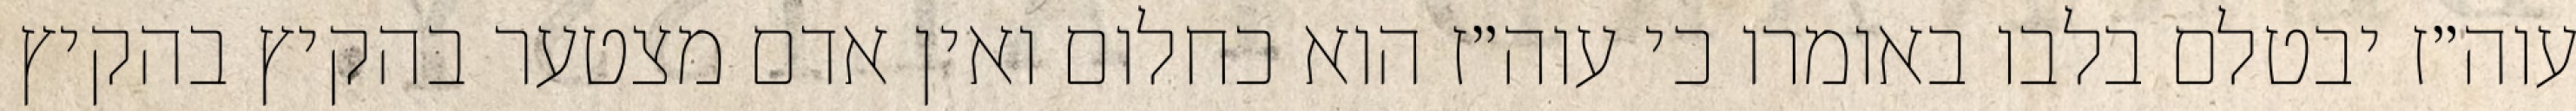
עוה״ז יבטלם בלבו באומרו כי עוה״ז הוא כחלום ואין אדם מצטער בהקיץ בהקיץ